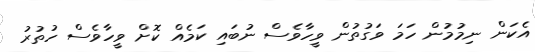
އެކަން ނިމުމުން ހަމަ ވަގުތުން ވީހާވެސް ނުބައި ކަމެއް ކޮށް ވީހާވެސް ހުތުރު